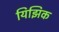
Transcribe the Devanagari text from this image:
यिझिक